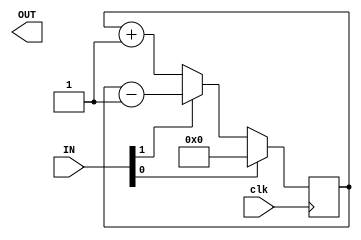
module counter(IN, OUT, clk);
	// FPGA IOs (for standard test IO harness)
    input [127:0] IN;
	output reg [127:0] OUT;
    input clk;

    // Test circut IO wires
    wire rst, up_down;
	wire [7:0] O;
    reg [3:0] count;

    // Assign to FPGA IO
    assign rst = IN[0];
    assign up_down = IN[1];

    //assign B = IN[15:8];
    always @(*) begin
        //OUT = 0;
        OUT[35:32] = count;
    end
    
	always @(posedge clk) begin
        if(rst)
            count <= 4'b0;
        else if (up_down)
            count <= count - 1;
        else
            count <= count + 1;
	end


endmodule